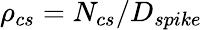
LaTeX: \rho_{cs}=N_{cs}/D_{spike}